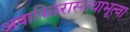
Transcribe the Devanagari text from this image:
अवाक्छिरास्तथाभूत्वा